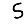
Digit: 5